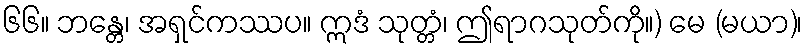
၆၆။ ဘန္တေ၊ အရှင်ကဿပ။ ဣဒံ သုတ္တံ၊ ဤရာဂသုတ်ကို။) မေ (မယာ)၊